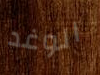
الوغد